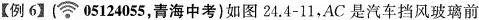
【例6】(05124055，青海中考)如图24.4-11，AC是汽车挡风玻璃前